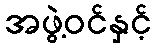
အဖွဲ့ဝင်နှင့်